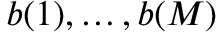
b ( 1 ) , \dots , b ( M )